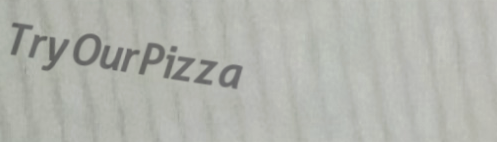
TryOurPizza